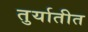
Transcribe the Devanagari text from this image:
तुर्यातीत